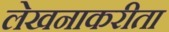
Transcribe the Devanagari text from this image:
लेखनाकरीता